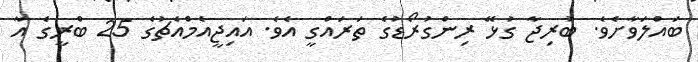
ބައްލަވާށެވެ. ބުރިޖާ ގުޅޭ ރިންގުރޯޑުގެ ތަރައްގީ އެވެ. އައިޖީއެމްއެޗުގެ 25 ބްރީގެ އާ